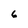
Character: 6